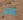
ولا